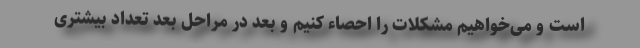
است و می‌خواهیم مشکلات را احصاء کنیم و بعد در مراحل بعد تعداد بیشتری